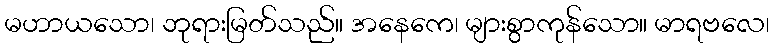
မဟာယသော၊ ဘုရားမြတ်သည်။ အနေကေ၊ များစွာကုန်သော။ မာရဗလေ၊